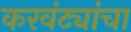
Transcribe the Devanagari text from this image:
करवंट्यांचा